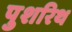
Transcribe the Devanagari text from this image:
पुशरिथ